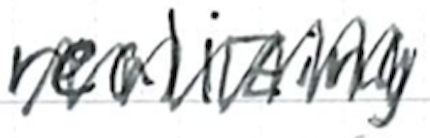
Text: realizing
Cross-out: zig-zag
Writing tool: ballpoint